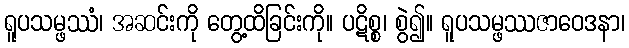
ရူပသမ္ဖဿံ၊ အဆင်းကို တွေ့ထိခြင်းကို။ ပဋိစ္စ၊ စွဲ၍။ ရူပသမ္ဖဿဇာဝေဒနာ၊